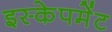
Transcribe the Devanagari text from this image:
इस्केपमेंट